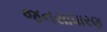
જનસાધારણ